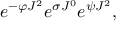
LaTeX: e ^ { - \varphi J ^ { 2 } } e ^ { \sigma J ^ { 0 } } e ^ { \psi J ^ { 2 } } ,